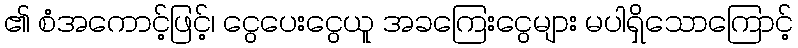
၏ စံအကောင့်ဖြင့်၊ ငွေပေးငွေယူ အခကြေးငွေများ မပါရှိသောကြောင့်